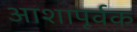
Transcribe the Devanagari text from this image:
आशापूर्वक